Vaccination in Bombay 1874-1876 - 1874-1876
Year: 1874
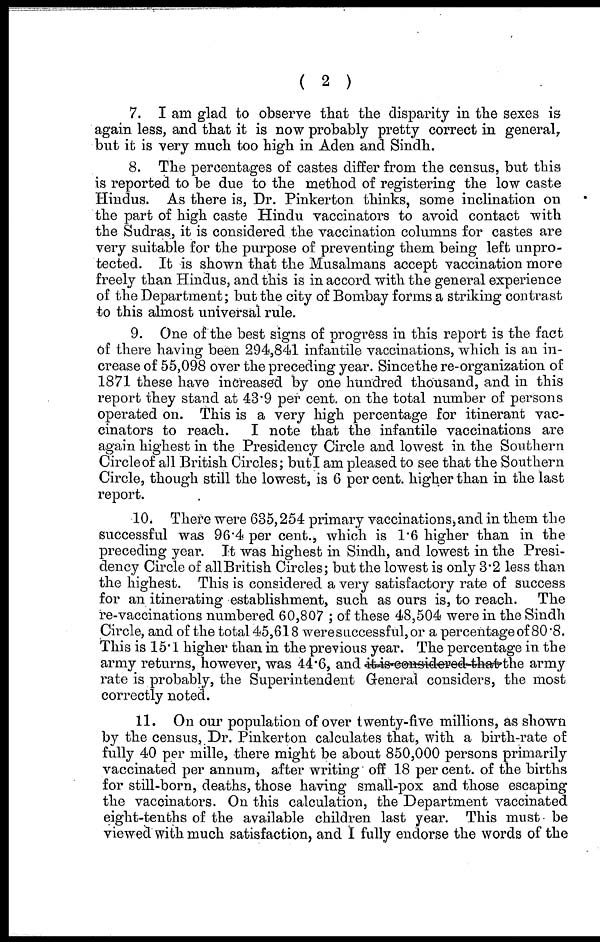
( 2 )
7. I am glad to observe that the disparity in the sexes is
again less, and that it is now probably pretty correct in general,
but it is very much too high in Aden and Sindh.
8. The percentages of castes differ from the census, but this
is reported to be due to the method of registering the low caste
Hindus. As there is, Dr. Pinkerton thinks, some inclination on
the part of high caste Hindu vaccinators to avoid contact with
the Sudras, it is considered the vaccination columns for castes are
very suitable for the purpose of preventing them being left unpro-
tected. It is shown that the Musalmans accept vaccination more
freely than Hindus, and this is in accord with the general experience
of the Department; but the city of Bombay forms a Striking contrast
to this almost universal rule.
9. One of the best signs of progress in this report is the fact
of there having been 294,841 infantile vaccinations, which is an in-
crease of 55,098 over the preceding year. Since the re-organization of
1871 these have increased by one hundred thousand, and in this
report they stand at 43.9 per cent. on the total number of persons
operated on. This is a very high percentage for itinerant vac-
cinators to reach. I note that the infantile vaccinations are
again highest in the Presidency Circle and lowest in the Southern
Circle of all British Circles; but I am pleased to see that the Southern
Circle, though still the lowest, is 6 per cent. higher than in the last
report.
10. There were 635,254 primary vaccinations, and in them the
successful was 96.4 per cent., which is 1.6 higher than in the
preceding year. It was highest in Sindh, and lowest in the Presi-
dency Circle of all British Circles; but the lowest is only 3.2 less than
the highest. This is considered a very satisfactory rate of success
for an itinerating establishment, such as ours is, to reach. The
re-vaccinations numbered 60,807 ; of these 48,504 were in the Sindh
Circle, and of the total 45,618 were successful, or a percentage of 80 .8.
This is 15.1 higher than in the previous year. The percentage in the
army returns, however, was 44.6, and it is considered that the army
rate is probably, the Superintendent General considers, the most
correctly noted.
11. On our population of over twenty-five millions, as shown
by the census, Dr. Pinkerton calculates that, with a birth-rate of
fully 40 per mille, there might be about 850,000 persons primarily
vaccinated per annum, after writing off 18 per cent. of the births
for still-born, deaths, those having small-pox and those escaping
the vaccinators. On this calculation, the Department vaccinated
eight-tenths of the available children last year. This must be
viewed with much satisfaction, and I fully endorse the words of the